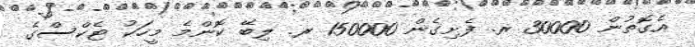
އެގޮތުން 30000 ރ. ފެށިގެން 150000 ރ. ލިބޭ ކޮންމެ މީހަކު ޓެކްސްގެ